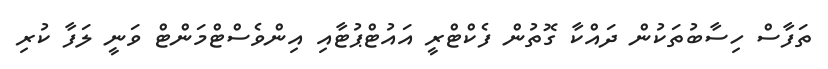
ތަފާސް ހިސާބުތަކުން ދައްކާ ގޮތުން ފެކްޓްރީ އައުޓްޕުޓާއި އިންވެސްޓްމަންޓް ވަނީ ލަފާ ކުރި